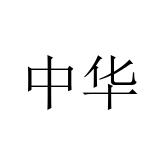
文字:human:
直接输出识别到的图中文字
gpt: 中华